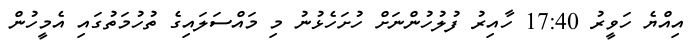
އިއްޔެ ހަވީރު 17:40 ހާއިރު ފުލުހުންނަށް ހުށަހެޅުނު މި މައްސަލައިގެ ތުހުމަތުގައި އެމީހުން